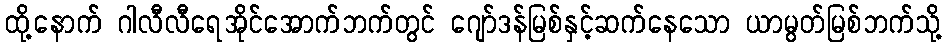
ထို့နောက် ဂါလီလီရေအိုင်အောက်ဘက်တွင် ဂျော်ဒန်မြစ်နှင့်ဆက်နေသော ယာမွတ်မြစ်ဘက်သို့